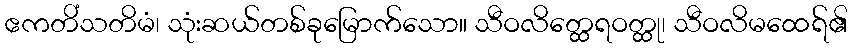
ဧကတိံသတိမံ၊ သုံးဆယ်တစ်ခုမြောက်သော။ သီဝလိတ္ထေရဝတ္ထု၊ သီဝလိမထေရ်၏